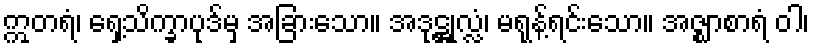
ဣတရံ၊ ရှေ့သိက္ခာပုဒ်မှ အခြားသော။ အဒုဋ္ဌုလ္လံ၊ မရုန့်ရင်းသော။ အဇ္ဈာစာရံ ဝါ၊